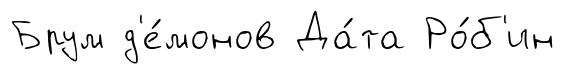
Брум д'е́монов Да́та Ро́б'ин